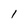
Character: 1